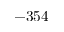
- 3 5 4